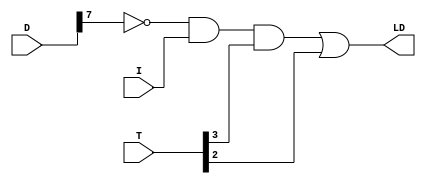
module AR_Control(LD, T, D, I); 
input  I; 
input [7:0] T, D; 
output LD; 
assign LD = (~D[7] & I & T[3]) | T[2];
endmodule